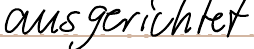
ausgerichtet